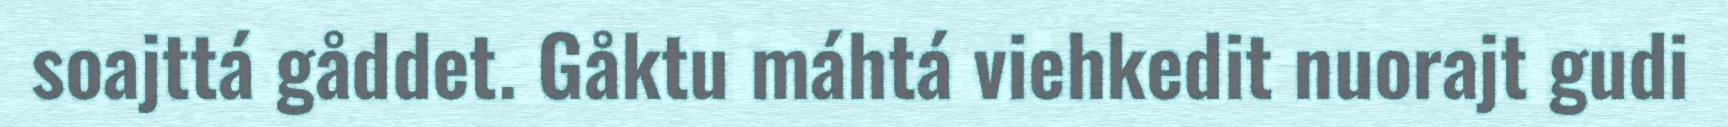
soajttá gåddet. Gåktu máhtá viehkedit nuorajt gudi